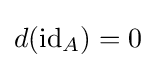
d(\operatorname {id} _{A})=0